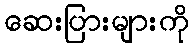
ဆေးပြားများကို